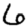
Digit: 6